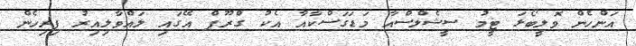
އަންހެން ވޮލީބޯޅަ ޓީމު ސީޝެލްސްއާ މަޑަގަސްކާއާ އެކު ގްރޫޕް އޭގައި ލައްވާލިއިރު ފިރިހެން